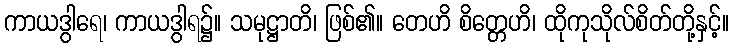
ကာယဒွါရေ၊ ကာယဒွါရ၌။ သမုဋ္ဌာတိ၊ ဖြစ်၏။ တေဟိ စိတ္တေဟိ၊ ထိုကုသိုလ်စိတ်တို့နှင့်။